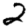
Digit: 2